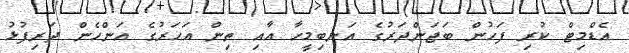
އެޑްމިޓް ކުރި ފަހުން ބަޖަންދަރުގެ އަނބިމީހާ އާއި ތިން އަހަރުގެ އަންހެން ދަރިފުޅު